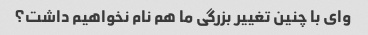
وای با چنین تغییر بزرگی ما هم نام نخواهیم داشت؟